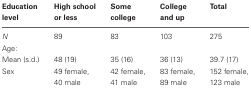
<table><thead><tr><td><b>Education level</b></td><td><b>High school or less</b></td><td><b>Some college</b></td><td><b>College and up</b></td><td><b>Total</b></td></tr></thead><tbody><tr><td><i>N</i></td><td>89</td><td>83</td><td>103</td><td>275</td></tr><tr><td>Age: Mean (s.d.)</td><td>48 (19)</td><td>35 (16)</td><td>36 (13)</td><td>39.7 (17)</td></tr><tr><td>Sex</td><td>49 female, 40 male</td><td>42 female, 41 male</td><td>83 female, 89 male</td><td>152 female, 123 male</td></tr></tbody></table>